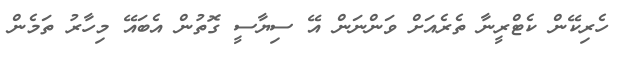
ހެރިކޭން ކެޓްރީނާ ތެރެއަށް ވަންނަން އޭ ސިޔާސީ ގޮތުން އެބައޭ މިހާރު ތަމެން